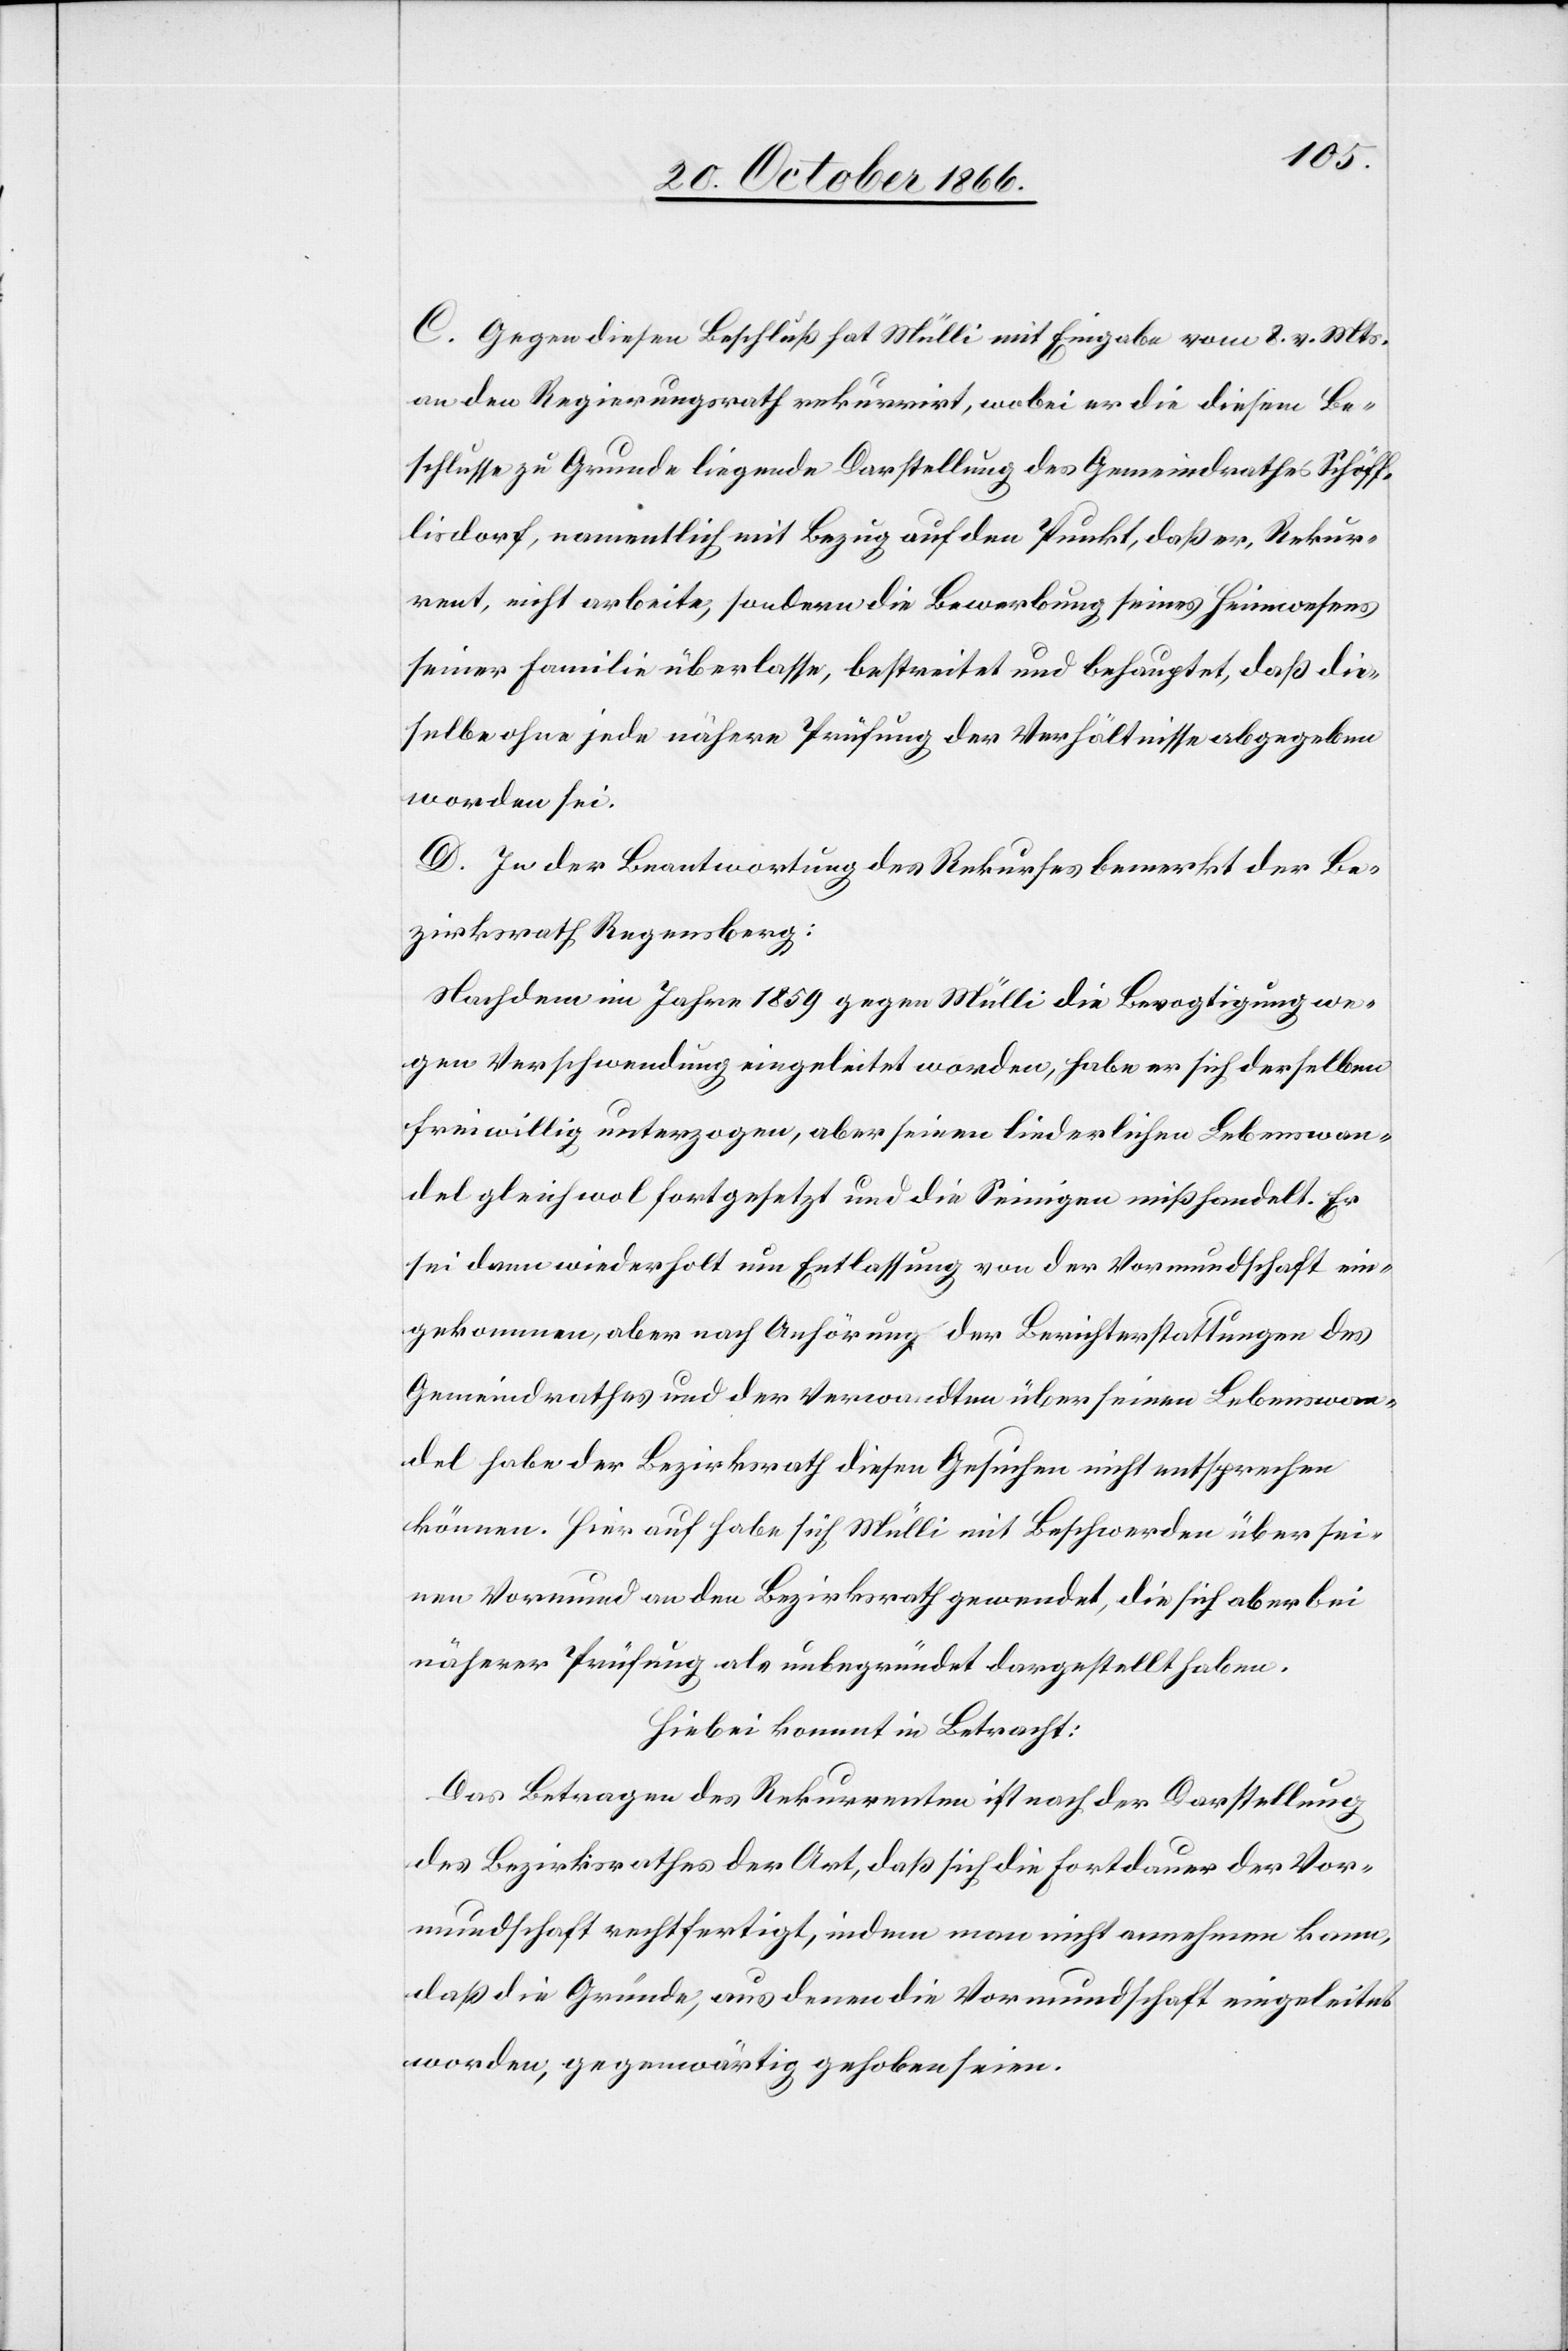
C. Gegen diesen Beschluß hat Mülli mit Eingabe vom 8. v. Mts
an den Regierungsrath rekurrirt, wobei er die diesem Be¬
schlusse zu Grunde liegende Darstellung des Gemeindrathes Schöff¬
lisdorf, namentlich mit Bezug auf den Punkt, daß er, Rekur¬
rent, nicht arbeite, sondern die Bewerbung seines Heimwesens
seiner Familie überlasse, bestreitet und behauptet, daß die¬
selben ohne jede nähere Prüfung der Verhältnisse abgegeben
worden sei.
D. In der Beantwortung des Rekurses bemerkt der Be¬
zirksrath Regensberg:
Nachdem im Jahre 1859 gegen Mülli die Bevogtigung we¬
gen Verschwendung eingeleitet worden, habe er sich derselben
freiwillig unterzogen, aber seinen liederlichen Lebenswan¬
del gleichwol fortgesetzt und die Seinigen mißhandelt. Er
sei dann wiederholt um Entlassung von der Vormundschaft ein¬
gekommen, aber nach Anhörung der Berichterstattungen des
Gemeindrathes und der Verwandten über seinen Lebenswan¬
del habe der Bezirksrath diesen Gesuchen nicht entsprechen
können. Hierauf habe sich Mülli mit Beschwerden über sei¬
nen Vormund an den Bezirksrath gewendet, die sich aber bei
näherer Prüfung als unbegründet dargestellt haben.
Hiebei kommt in Betracht:
Das Betragen des Rekurrenten ist nach der Darstellung
des Bezirksrathes der Art, daß sich die Fortdauer der Vor¬
mundschaft rechtfertigt, indem man nicht annehmen kann,
daß die Gründe, aus denen die Vormundschaft eingeleitet
worden, gegenwärtig gehoben seien.